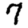
Digit: 7